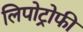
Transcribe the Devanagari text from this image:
लिपोट्रोफी